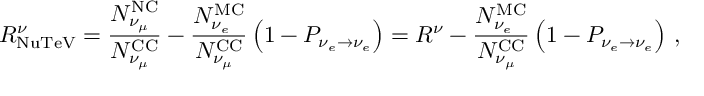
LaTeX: R _ { \mathrm { N u T e V } } ^ { \nu } = \frac { N _ { \nu _ { \mu } } ^ { \mathrm { N C } } } { N _ { \nu _ { \mu } } ^ { \mathrm { C C } } } - \frac { N _ { \nu _ { e } } ^ { \mathrm { M C } } } { N _ { \nu _ { \mu } } ^ { \mathrm { C C } } } \left( 1 - P _ { \nu _ { e } \to \nu _ { e } } \right) = R ^ { \nu } - \frac { N _ { \nu _ { e } } ^ { \mathrm { M C } } } { N _ { \nu _ { \mu } } ^ { \mathrm { C C } } } \left( 1 - P _ { \nu _ { e } \to \nu _ { e } } \right) \, ,